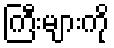
ကြီးများကို